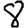
Digit: 8